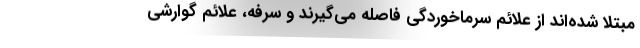
مبتلا شده‌اند از علائم سرماخوردگی فاصله می‌گیرند و سرفه، علائم گوارشی